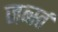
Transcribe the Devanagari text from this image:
जर्ब्स्त